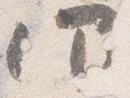
仰